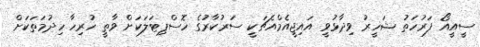
ސީއީއޯ ފަރުހަތު ޝަހީރު ވިދާޅުވީ އައިޖީއެމްއެޗަކީ ސަރުކާރުގެ ހޮސްޕިޓަލަކަށް ވާތީ ހުރިހާ ހިދުމަތަކަށް